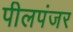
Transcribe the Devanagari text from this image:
पीलपंजर